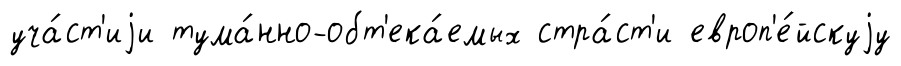
уча́ст'иjи тума́нно-обт'ека́емых стра́ст'и европ'е́йскуjу